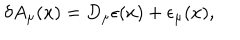
\delta A _ { \mu } ( x ) = D _ { \mu } \epsilon ( x ) + \epsilon _ { \mu } ( x ) ,